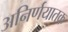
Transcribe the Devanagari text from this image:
अनिर्णयातक